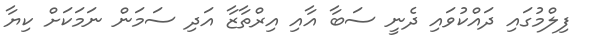
ފިލްމުގައި ދައްކުވައި ދެނީ ސަބާ އާއި އިރްތާޒާ އަދި ސަމަން ނަމަކަށް ކިޔާ